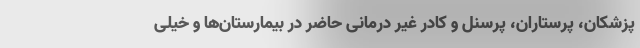
پزشکان، پرستاران، پرسنل و کادر غیر درمانی حاضر در بیمارستان‌ها و خیلی